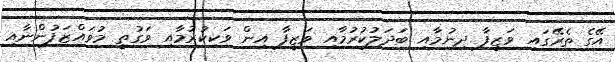
އޭގެ ތެރޭގައި ވަޒީފާ ދިނުމާއި ބަދަލުކުރުމާއި ވަޒީފާ އިން ވަކިކުރުމާއި ވަގުތީ މުވައްޒަފުންނާއި